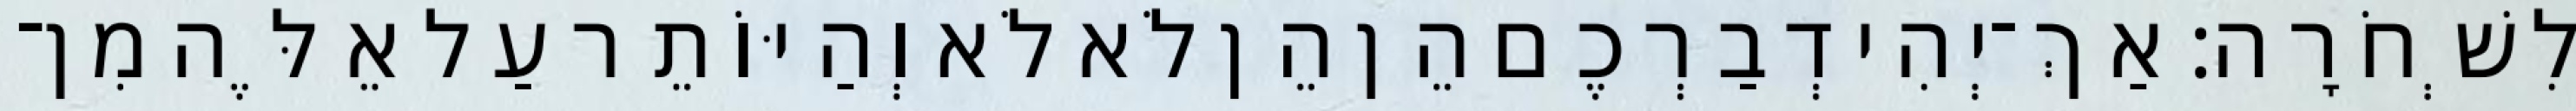
לִשְׁחֹרָה׃ אַךְ־יְהִי דְבַרְכֶם הֵן הֵן לֹא לֹא וְהַיּוֹתֵר עַל אֵלֶּה מִן־